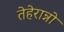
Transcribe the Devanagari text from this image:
तेहेरान्नो